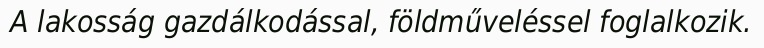
A lakosság gazdálkodással, földműveléssel foglalkozik.